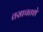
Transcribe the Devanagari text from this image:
तसाचतशे